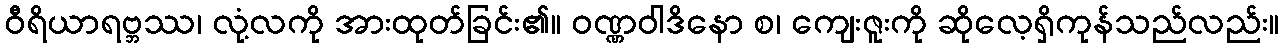
ဝီရိယာရဗ္ဘဿ၊ လုံ့လကို အားထုတ်ခြင်း၏။ ဝဏ္ဏဝါဒိနော စ၊ ကျေးဇူးကို ဆိုလေ့ရှိကုန်သည်လည်း။